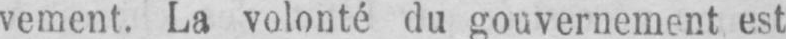
vement. La volonté du gouvernement est